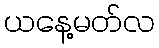
ယနေ့မတ်လ